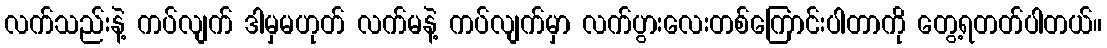
လက်သည်းနဲ့ ကပ်လျက် ဒါမှမဟုတ် လက်မနဲ့ ကပ်လျက်မှာ လက်ပွားလေးတစ်ကြောင်းပါတာကို တွေ့ရတတ်ပါတယ်။